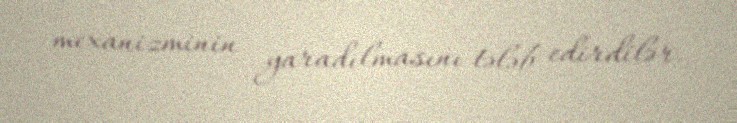
mexanizminin yaradılmasını tələb edirdilər.